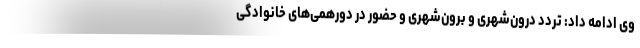
وی ادامه داد: تردد درون‌شهری و برون‌شهری و حضور در دورهمی‌های خانوادگی